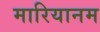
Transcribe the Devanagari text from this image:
मारियानम